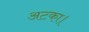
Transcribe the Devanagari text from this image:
अटका।